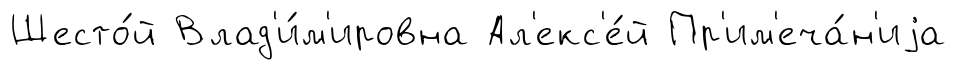
Шесто́й Влад'и́м'ировна Ал'екс'е́й Пр'им'еча́н'иjа